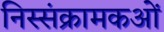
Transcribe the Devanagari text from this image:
निस्संक्रामकओं